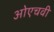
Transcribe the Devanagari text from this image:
ओएचवी